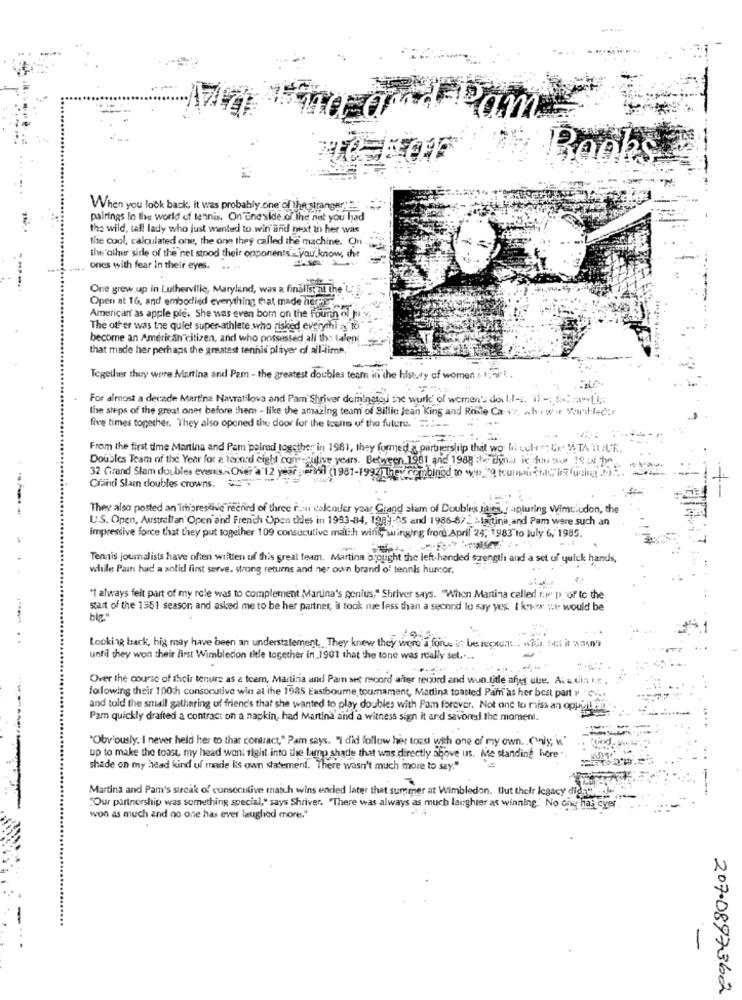
When you look back, it was probably one of the stranger.
pairings In the world of tennis. On Ene'side of the net you had
the wild, tall lady who just wanted to win and next to her was
the cool, calculated one, the one they called the machine. On
the other side of the net stood their opponents -. you know, the
ones with fear in their eyes.
One grew up in Lutherville, Maryland, was a finalist at the L; 5
Open at 16, and embodied everything that made ilgreen''
American as apple pie. She was even bom on the Fourin ol fi.
The other was the quiet super-athlete who risked everychi a to"
become an American citizen, and who possessed all the talent
that made her perhaps the greatest tennis player of all-lime.
Together they were Martina and Pam - the greatest doubles team in the history of women : 1,5 ..
For almost a decade Martina Navratilova and Pam Shriver dominatou the world' of women's dor I-s. 17 -. 5 *L'i ;:
the steps of the great ones before them - like the amazing team of Billie Jean King and Rosie Ca-+7, ahow .r $mit-leder
five times together. They also opened the door for the touns uf the future. =. :--
From the first time Martina and Pam paired together in 1981, they formed a partnership that wo li cult"; Ce WTA TOUR ..
Doubles Team of the Year for a tenand eight consecutive years. Between.1981 and 1908 : dyna ic fo w 10 IN the
32 Grand Slam doubles events .~ Over a 12 year paris
Grand Slam doubles crowns. 55
(1981-1994 They combined to web "@ lowpoi this is an 19.
They also posted an impressive record of three ram coleoder year Grand slam of Doubles lities,capturing Wimtludon, the
U.S. Open, Australian Open and French Open tidles in 1993-84, 1989-05 and 1986-8/2 >Is tina and Pam were such an
impressive force that they put together 109 consecutive matth winit, wirging from April 24; 1983 to July 6, 1985.
Tennis journalists have often written of this greal team. Martina brought the left-handed szength and a set of quick hands,
while Pain had a solid first serve. strong returns and ner own brand of tennis humor.
"I always felt part of my role was to complement Martina's genius," Shriver says. "When Martina called ry p of to the
start of the 1951 season and asked me to be her partner, il took me less than a second to say yes. I kowy it would be
ble"
. .
Looking back, big may have been an understatement, They knew they were a force : be recount .. f. Let it wasn't
until they won their first Wimblecion title together in_1901 that the tone was really sel ....
Over the course of their tenure as a toem, Martina and Pam set record after revuurd and wun title afyet ute. A. a cin i.e.
following their 100ch consecutive win at the 1985 Eastbourne tournament, Madina toasted Pam as her best part y " ...
and told the small gathering of friend's that she wanted to play doubles with Pom forever. Not one to riiss an oppyil
Pam quickly drafted a contract on a napkin, had Martina and a witness sign it and savores the moment.
"Oby'ously. I never held her to thar contract," Pam says. "I did follow her toed with one of my own .. Cnis; i"
up to make the toast, my head wont right into the lamp shade that was directly above us. Me standing hore .
shade on my head kind of made its own statement. There wasn't much more to say."
Martina and Pam's streak of consecutive maich wins ended later that summer at Wimbledon. Uut their legacy digi
"Our partnership was something special," says Shriver. "There was always as much laughter as winning. No Ghg hai cyer
won as much and no one has ever laughed more."
207.0897362